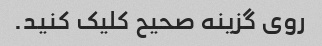
روی گزینه صحیح کلیک کنید.